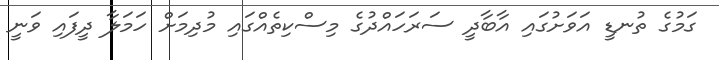
ގަމުގެ ތުނޑީ އަވަށުގައި އާބާދީ ސަރަހައްދުގެ މިސްކިތެއްގައި މުދިމަށް ހަމަލާ ދީފައި ވަނީ